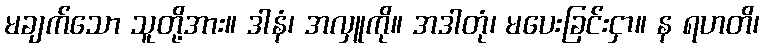
မချက်သော သူတို့အား။ ဒါနံ၊ အလှူကို။ အဒါတုံ၊ မပေးခြင်းငှာ။ န ရဟတိ၊